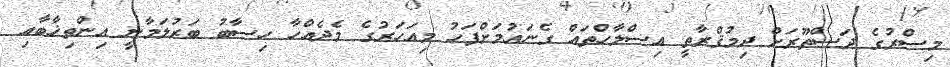
މިސްރުގެ ދަސްތޫރަށް ދިމުޤްރާތީ އިސްލާހްތައް ގެނައުމަށްފަހު މިއަހަރުގެ މެދެއްހާ ހިސާބު ބަރުލަމާނީ އިންތިޚާބާއި